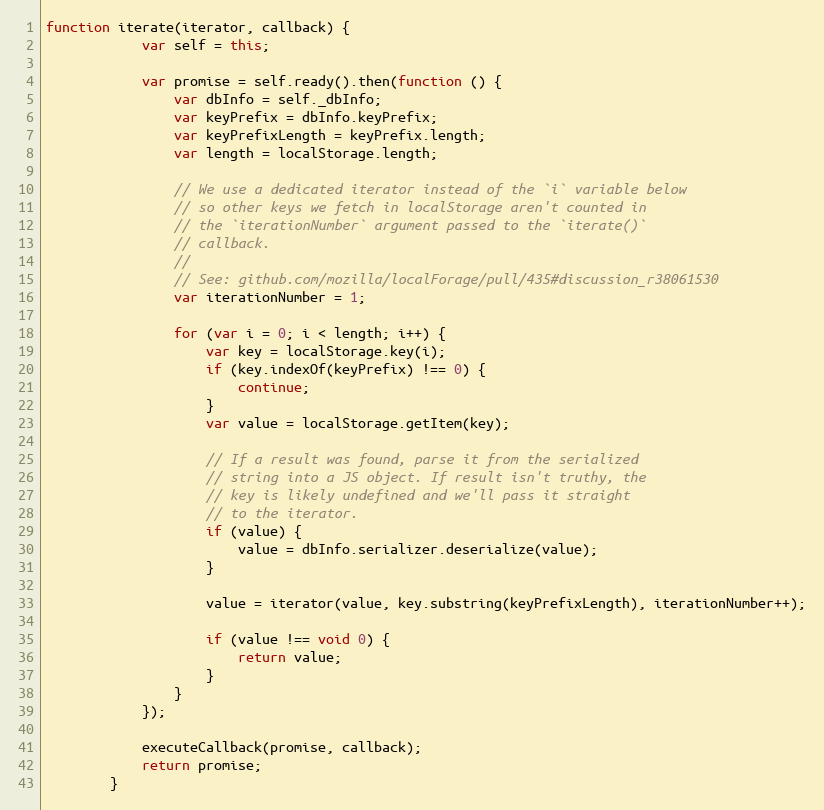
Language: JavaScript
function iterate(iterator, callback) {
	        var self = this;

	        var promise = self.ready().then(function () {
	            var dbInfo = self._dbInfo;
	            var keyPrefix = dbInfo.keyPrefix;
	            var keyPrefixLength = keyPrefix.length;
	            var length = localStorage.length;

	            // We use a dedicated iterator instead of the `i` variable below
	            // so other keys we fetch in localStorage aren't counted in
	            // the `iterationNumber` argument passed to the `iterate()`
	            // callback.
	            //
	            // See: github.com/mozilla/localForage/pull/435#discussion_r38061530
	            var iterationNumber = 1;

	            for (var i = 0; i < length; i++) {
	                var key = localStorage.key(i);
	                if (key.indexOf(keyPrefix) !== 0) {
	                    continue;
	                }
	                var value = localStorage.getItem(key);

	                // If a result was found, parse it from the serialized
	                // string into a JS object. If result isn't truthy, the
	                // key is likely undefined and we'll pass it straight
	                // to the iterator.
	                if (value) {
	                    value = dbInfo.serializer.deserialize(value);
	                }

	                value = iterator(value, key.substring(keyPrefixLength), iterationNumber++);

	                if (value !== void 0) {
	                    return value;
	                }
	            }
	        });

	        executeCallback(promise, callback);
	        return promise;
	    }